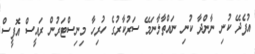
އުފެދޭ ކުނި ނާންދާ ކުނި ނައްތާލާނަމޭ ސަރުކާރުގެ ހުރިހާ މިނިސްޓަރުން ރައީސް އޮފީސް